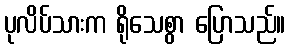
ပုလိပ်သားက ရိုသေစွာ ပြောသည်။